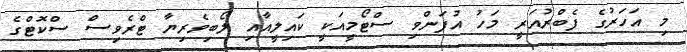
މި އަހަރުގެ ފެބްރުއަރީ މަހު އުފަންވި ސްޓޯމީއަކީ ކައިލީއާއި ލޯބިވެރިޔާ ޓްރެވިސް ސްކޮޓްގެ